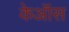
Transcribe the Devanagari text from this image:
केऑस